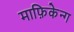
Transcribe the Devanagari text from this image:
माफ़िकेन्ग